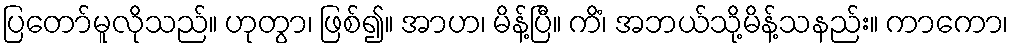
ပြတော်မူလိုသည်။ ဟုတွာ၊ ဖြစ်၍။ အာဟ၊ မိန့်ပြီ။ ကိံ၊ အဘယ်သို့မိန့်သနည်း။ ကာကော၊